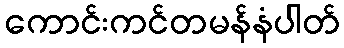
ကောင်းကင်တမန်နံပါတ်